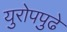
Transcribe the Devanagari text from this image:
युरोपपुढे